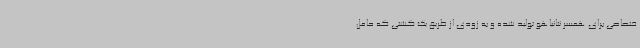
ختصاصی برای همسر نتانیاهو تولید شده و به زودی از طریق یک کشتی که حامل